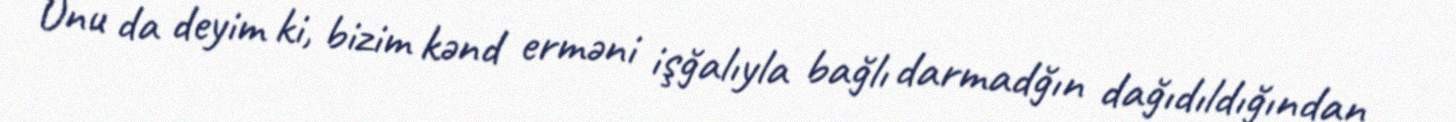
Onu da deyim ki, bizim kənd erməni işğalıyla bağlı darmadğın dağıdıldığından